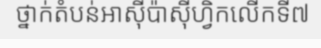
ថ្នាក់តំបន់អាស៊ីប៉ាស៊ីហ្វិកលើកទី៧